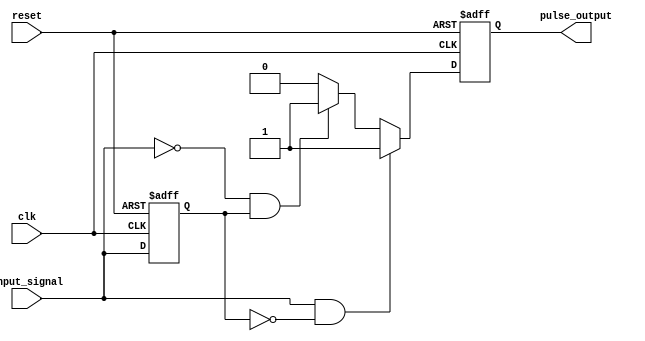
module pulse_edge_detector (
    input wire clk,               // Clock signal
    input wire reset,             // Asynchronous reset
    input wire input_signal,      // Digital input signal
    output reg pulse_output        // Pulse output for edges
);

    // State memory to store the previous state of the input signal
    reg previous_state;

    // Edge detection logic
    always @(posedge clk or posedge reset) begin
        if (reset) begin
            previous_state <= 1'b0;  // Initialize previous state to low
            pulse_output <= 1'b0;     // Initialize output to low
        end else begin
            // Detect rising edge
            if (input_signal && !previous_state) begin
                pulse_output <= 1'b1;   // Generate pulse for rising edge
            end
            
            // Detect falling edge
            else if (!input_signal && previous_state) begin
                pulse_output <= 1'b1;   // Generate pulse for falling edge
            end
            
            // Reset pulse output on the next clock cycle
            else begin
                pulse_output <= 1'b0;     // Reset output if no edges detected
            end

            // Update previous state
            previous_state <= input_signal;
        end
    end

endmodule